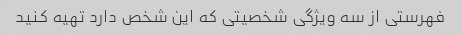
فهرستی از سه ویژگی شخصیتی که این شخص دارد تهیه کنید